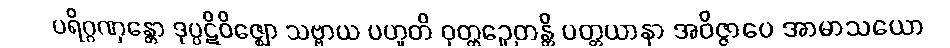
ပရိဂ္ဂဏှန္တော ဒုပ္ပဋိဝိဇ္ဈော သဗ္ဗာယ ပဟူတိ ဝုတ္တဉှေတန္တိ ပတ္တယာနာ အဝိဇ္ဇာပေ အာမာသယော